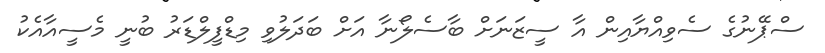
ސްޕޭނުގެ ސެވިއްޔާއިން އާ ސީޒަނަށް ބާސެލޯނާ އަށް ބަދަލުވި މިޑްފީލްޑަރު ބުނީ މެސީއާއެކު